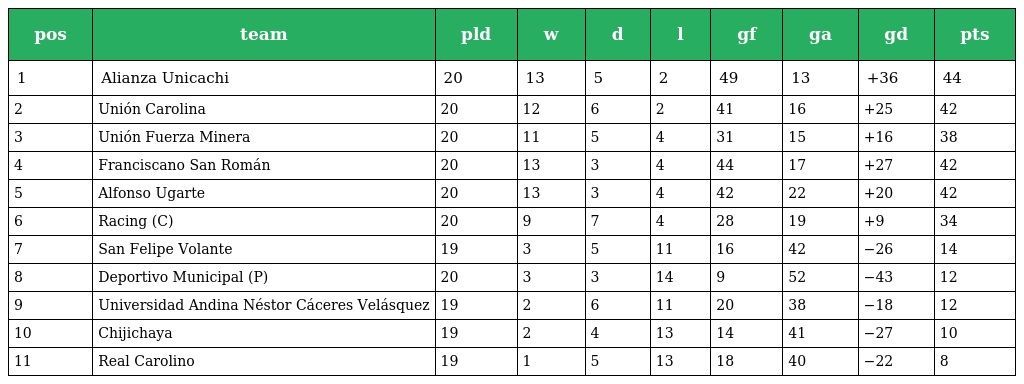
| pos | team | pld | w | d | l | gf | ga | gd | pts |
 | --- | --- | --- | --- | --- | --- | --- | --- | --- | --- |
 | 1 | Alianza Unicachi | 20 | 13 | 5 | 2 | 49 | 13 | +36 | 44 |
 | 2 | Unión Carolina | 20 | 12 | 6 | 2 | 41 | 16 | +25 | 42 |
 | 3 | Unión Fuerza Minera | 20 | 11 | 5 | 4 | 31 | 15 | +16 | 38 |
 | 4 | Franciscano San Román | 20 | 13 | 3 | 4 | 44 | 17 | +27 | 42 |
 | 5 | Alfonso Ugarte | 20 | 13 | 3 | 4 | 42 | 22 | +20 | 42 |
 | 6 | Racing (C) | 20 | 9 | 7 | 4 | 28 | 19 | +9 | 34 |
 | 7 | San Felipe Volante | 19 | 3 | 5 | 11 | 16 | 42 | −26 | 14 |
 | 8 | Deportivo Municipal (P) | 20 | 3 | 3 | 14 | 9 | 52 | −43 | 12 |
 | 9 | Universidad Andina Néstor Cáceres Velásquez | 19 | 2 | 6 | 11 | 20 | 38 | −18 | 12 |
 | 10 | Chijichaya | 19 | 2 | 4 | 13 | 14 | 41 | −27 | 10 |
 | 11 | Real Carolino | 19 | 1 | 5 | 13 | 18 | 40 | −22 | 8 |